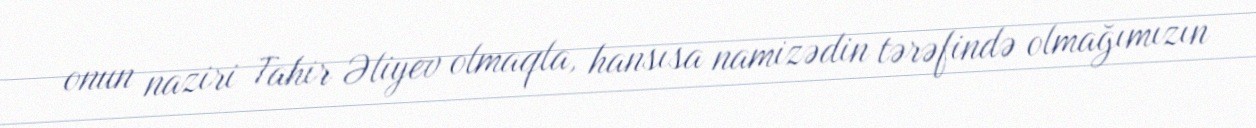
onun naziri Tahir Əliyev olmaqla, hansısa namizədin tərəfində olmağımızın